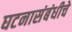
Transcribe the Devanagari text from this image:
घटनासंबंधीचे